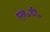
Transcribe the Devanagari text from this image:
एन॰डी॰